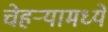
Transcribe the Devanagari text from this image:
चेहर्‍यामध्ये